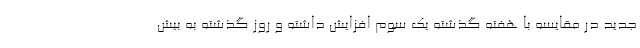
جدید در مقایسه با هفته گذشته یک سوم افزایش داشته و روز گذشته به بیش